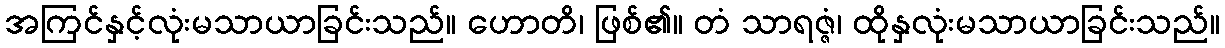
အကြင်နှင့်လုံးမသာယာခြင်းသည်။ ဟောတိ၊ ဖြစ်၏။ တံ သာရဇ္ဇံ၊ ထိုနှလုံးမသာယာခြင်းသည်။